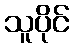
သူပိုင်